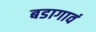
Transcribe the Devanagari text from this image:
बडागावं